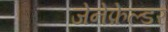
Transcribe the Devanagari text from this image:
जेनेफ़ेल्डर